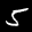
Label: 5